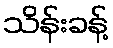
သိန်းခန့်